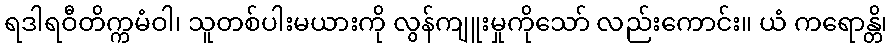
ရဒါရဝီတိက္ကမံဝါ၊ သူတစ်ပါးမယားကို လွန်ကျူးမှုကိုသော် လည်းကောင်း။ ယံ ကရောန္တိ၊